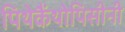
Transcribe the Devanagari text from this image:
पिथेकैंथोपिसीनी